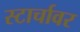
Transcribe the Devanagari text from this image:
स्टार्चावर